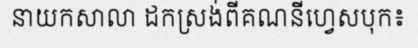
នាយកសាលា ដកស្រង់ពីគណនីហ្វេសបុក៖